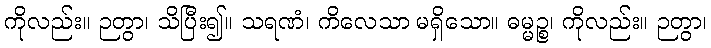
ကိုလည်း။ ဉတွာ၊ သိပြီး၍။ သရဏံ၊ ကိလေသာ မရှိသော။ ဓမ္မဉ္စ၊ ကိုလည်း။ ဉတွာ၊